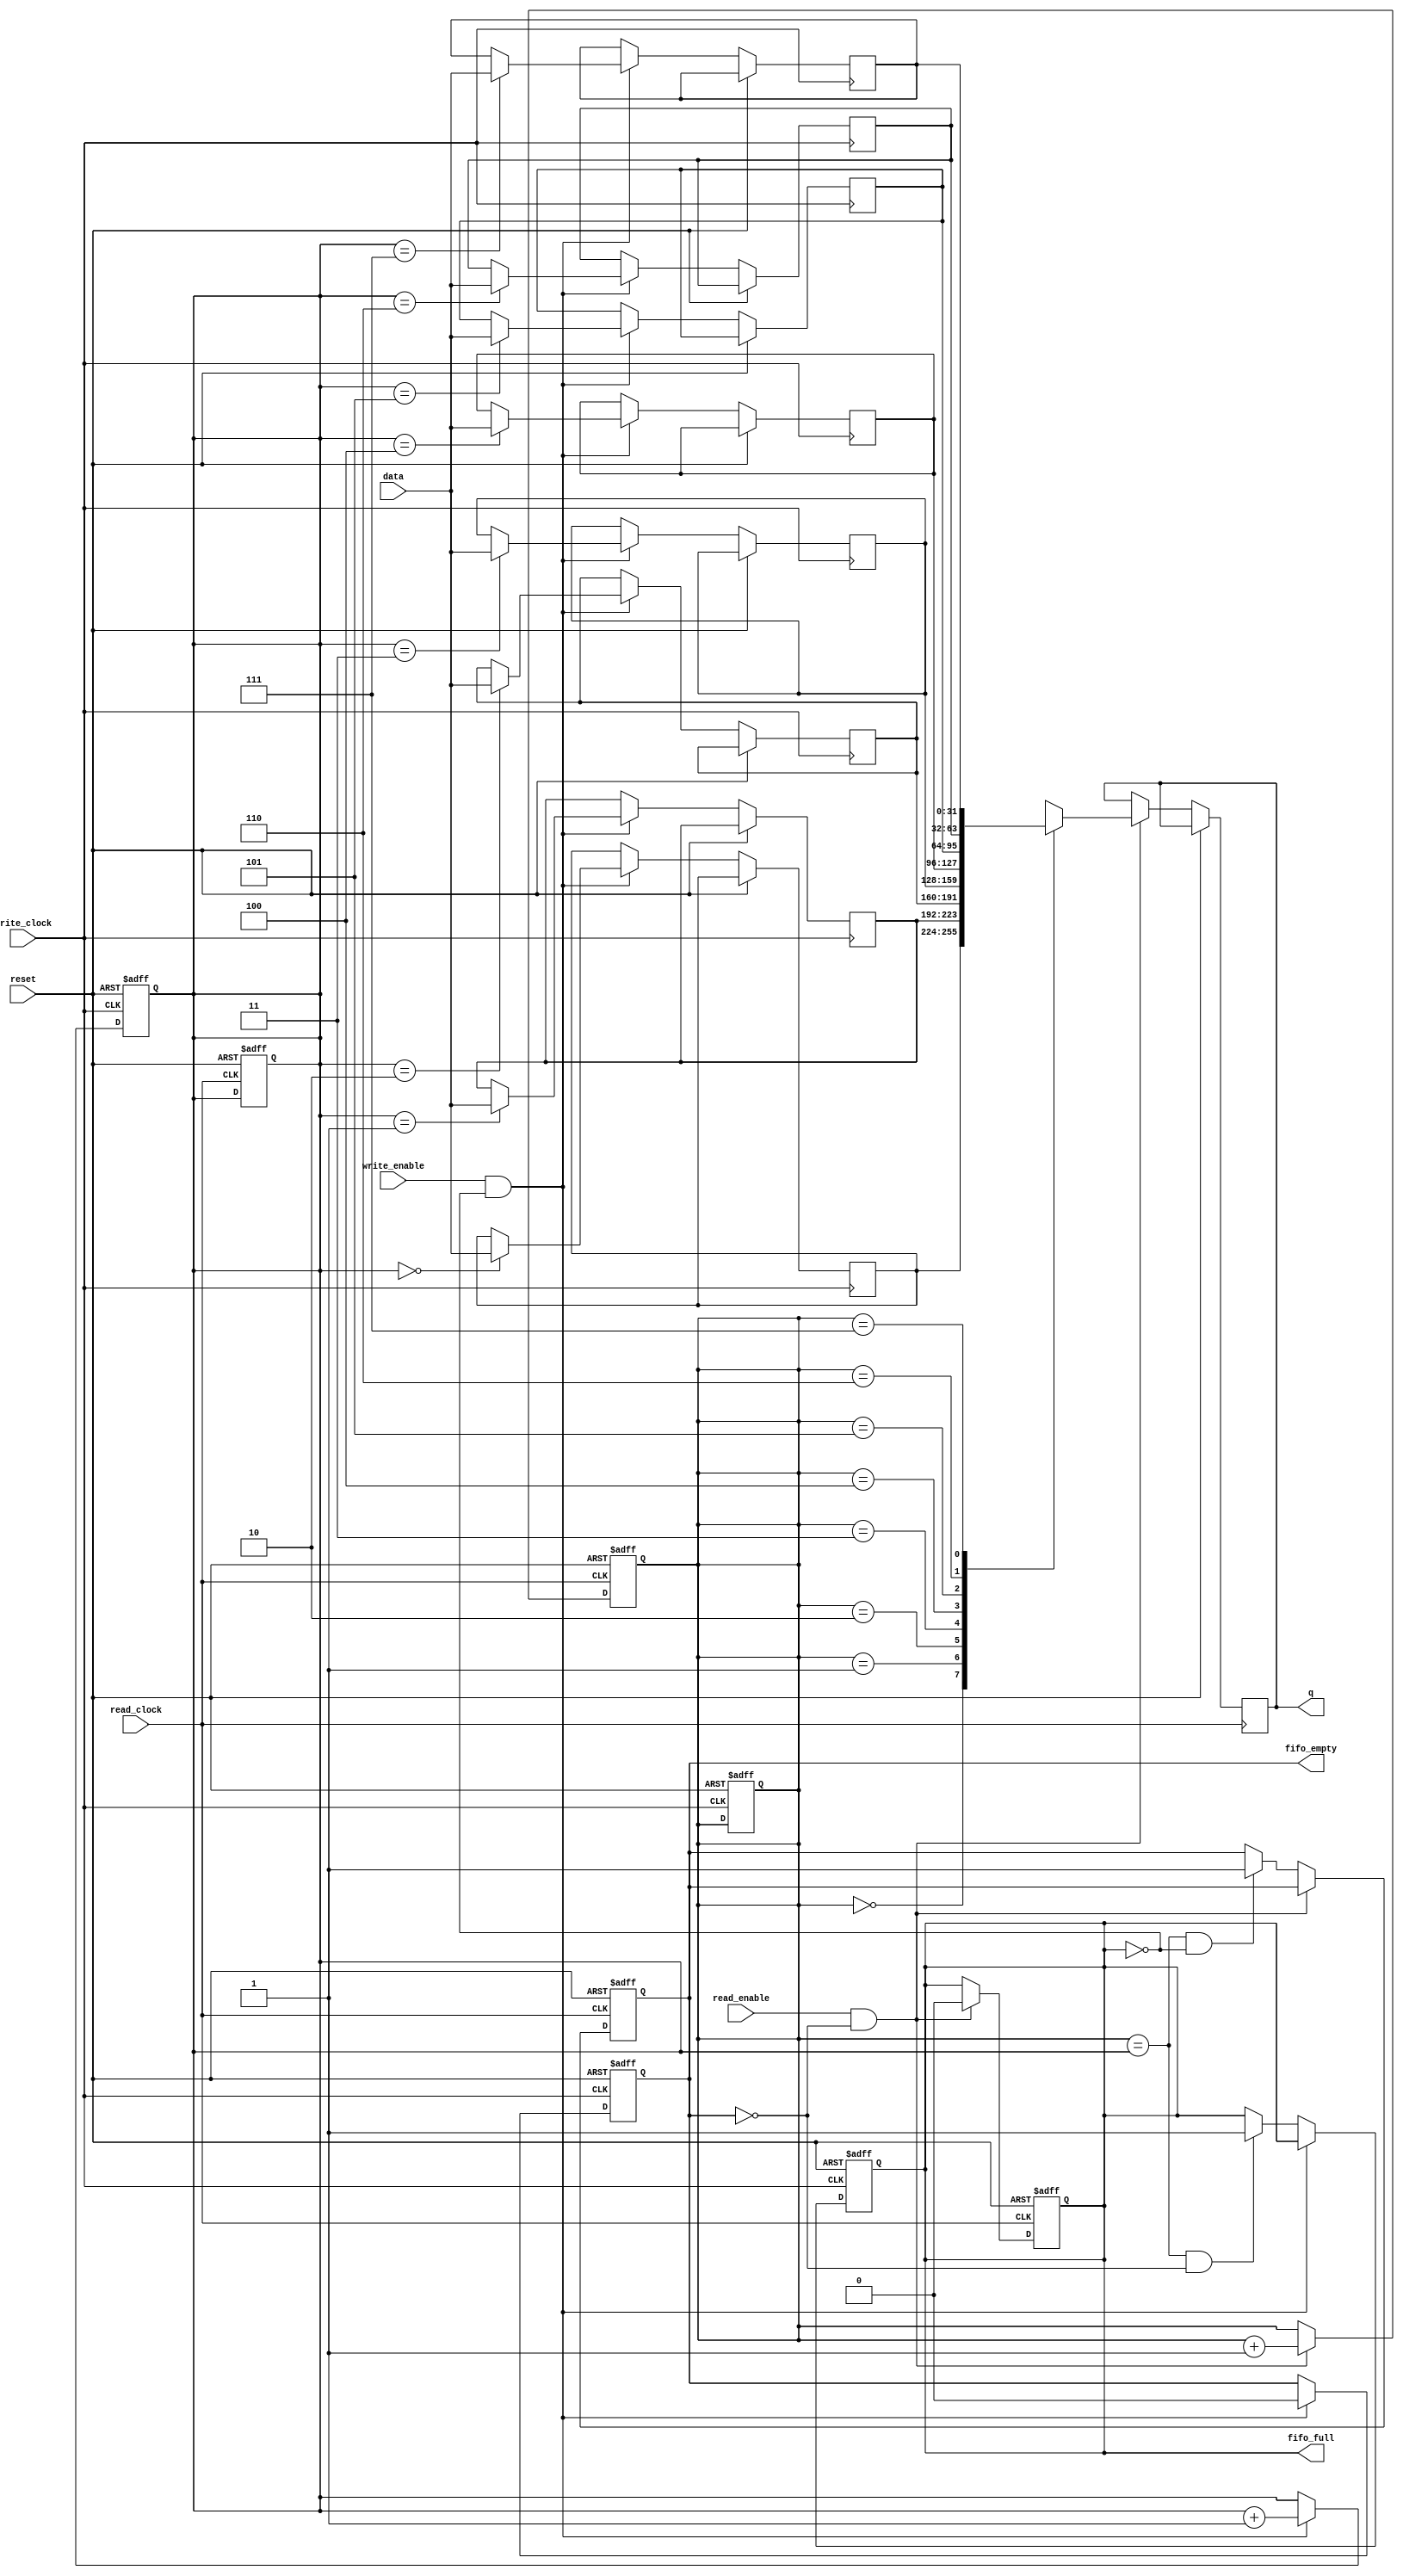
module fifo # ( parameter DATA_WIDTH = 32, parameter FIFO_SIZE = 8, parameter SIZE_BITS = 3) (
	
	input wire [DATA_WIDTH-1:0] data,
	input wire write_enable,
	input wire read_enable,
	
	input wire reset,
	input wire write_clock,
	input wire read_clock,
	
	output reg [DATA_WIDTH-1:0] q,
	output reg fifo_full,
	output reg fifo_empty

);

	reg [SIZE_BITS-1:0] read_pointer;
	reg [SIZE_BITS-1:0] write_pointer;
	reg [DATA_WIDTH-1:0] fifo_mem [FIFO_SIZE-1:0];

//Write

	always @(posedge write_clock or posedge reset) begin
		if (reset) begin
			read_pointer 	<= 0;
			write_pointer 	<= 0;
			fifo_empty		<= 1;
			fifo_full		<= 0;
		end
		else if (write_enable & ~fifo_full) begin
			fifo_mem[write_pointer] <= data;
			write_pointer = write_pointer + 1'b1;
			fifo_empty	<= 0; 
		end
		else if(read_pointer == write_pointer & ~fifo_empty) begin
			fifo_full = 1;
		end
	end
	
//Read

	always @(posedge read_clock or posedge reset) begin
		if (reset) begin
			read_pointer 	<= 0;
			write_pointer 	<= 0;
			fifo_empty		<= 1;
			fifo_full		<= 0;
		end
		else if (read_enable & ~fifo_empty) begin
			q <= fifo_mem[read_pointer];
			read_pointer = read_pointer + 1'b1; 
			fifo_full	<= 0;
		end
		else if(read_pointer == write_pointer & ~fifo_full) begin
			fifo_empty = 1;
		end
	end
	
	//assign fifo_empty = (write_pointer == read_pointer)? 1:0;
	//assign fifo_full = (read_pointer == write_pointer+1'b1)? 1:0;
endmodule